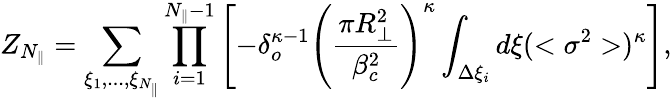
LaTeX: Z_{N_{\parallel}}=\sum_{\xi_{1},...,\xi_{N_{\parallel}}}\prod_{i=1}^{N_{\parallel}-1}\left[-\delta_{o}^{\kappa-1}\left(\frac{\pi R_{\perp}^{2}}{\beta_{c}^{2}}\right)^{\kappa}\int_{\Delta\xi_{i}}d\xi(<\sigma^{2}>)^{\kappa}\right],